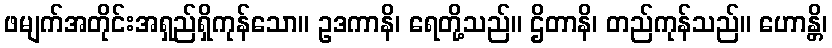
ဖမျက်အတိုင်းအရှည်ရှိကုန်သော။ ဥဒကာနိ၊ ရေတို့သည်။ ဌိတာနိ၊ တည်ကုန်သည်။ ဟောန္တိ၊